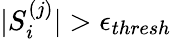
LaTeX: \vert S_{i}^{(j)}\vert>\epsilon_{thresh}